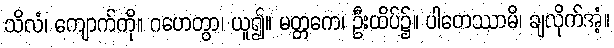
သိလံ၊ ကျောက်ကို။ ဂဟေတွာ၊ ယူ၍။ မတ္တကေ၊ ဦးထိပ်၌။ ပါတေဿာမိ၊ ချလိုက်အံ့။